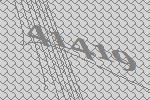
41419